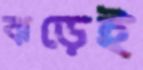
ঝড়েই